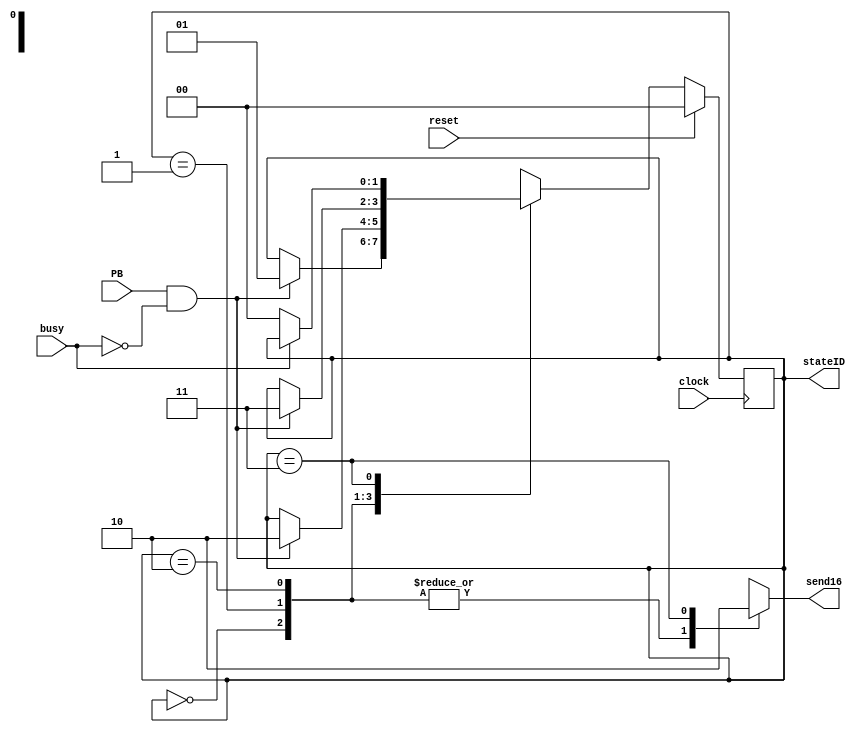
module TX_sequence 
(
	input clock,
	input reset,
	input PB,             //PushButton
	output reg send16,    // Si esta alto, se deben transmitir 16 bits (2 bytes)
	input busy,           // Si esta alto, la UART se encuentra transmitiendo un dato
	output [1:0] stateID  // Indica en que estado de la secuencia esta para mostrarlo en los LEDs
    );
    
    reg[1:0] next_state, state; 

    //state encoding
    localparam IDLE 		 = 2'd0;  // Esperando dato
    localparam TX_OPERAND01  = 2'd1;  // Transmitiendo el primer operando
    localparam TX_OPERAND02  = 2'd2;  // Transmitiendo el segundo operando
    localparam TX_ALU_CTRL 	 = 2'd3;  // Transmitiendo la senal de control para la operacion

    assign stateID = state;
    
    // combo logic of FSM
    always@(*) begin
        //default assignments
        next_state = state;
        send16 = 1'b1;
    	
    	case (state)
    		IDLE: 	begin
						if(PB & ~busy) begin
							next_state=TX_OPERAND01;
						end
					end

            TX_OPERAND01: begin
							if(PB & ~busy) begin
								next_state=TX_OPERAND02;
							end								
						end
						
            TX_OPERAND02: begin
							if(PB & ~busy) begin
								next_state=TX_ALU_CTRL;
							end								
						end

            TX_ALU_CTRL: begin
                            send16 = 1'b0;
                            if(~busy) begin
                                next_state=IDLE;
                            end
						end	
    	endcase
    end	

    //when clock ticks, update the state
    always@(posedge clock) begin
    	if(reset)
    		state <= IDLE;
    	else
    		state <= next_state;
	end
	
endmodule